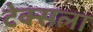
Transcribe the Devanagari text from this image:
टेक्सला